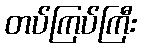
တပ်ကြပ်ကြီး